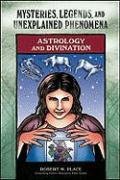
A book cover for Astrology and Divination (Mysteries, Legends, and Unexplained Phenomena); Robert Michael Place; Teen & Young Adult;